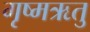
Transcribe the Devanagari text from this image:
गृष्‍मऋतु